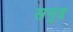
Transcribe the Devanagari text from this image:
समुद्द